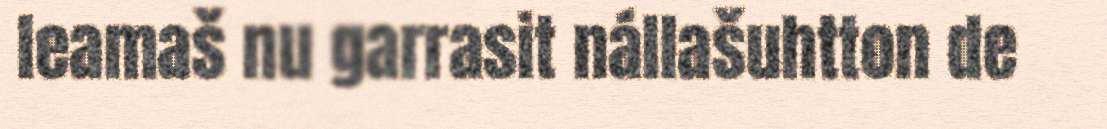
leamaš nu garrasit nállašuhtton de